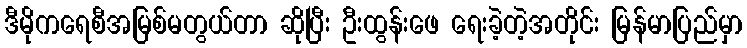
ဒီမိုကရေစီအမြစ်မတွယ်တာ ဆိုပြီး ဦးထွန်းဖေ ရေးခဲ့တဲ့အတိုင်း မြန်မာပြည်မှာ